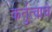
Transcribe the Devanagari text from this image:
कर्तुत्वाचे